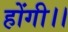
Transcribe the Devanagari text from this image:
होंगी।।